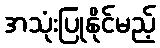
အသုံးပြုနိုင်မည့်